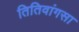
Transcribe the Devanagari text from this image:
तितिवांगसा